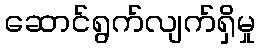
ဆောင်ရွက်လျက်ရှိမှု